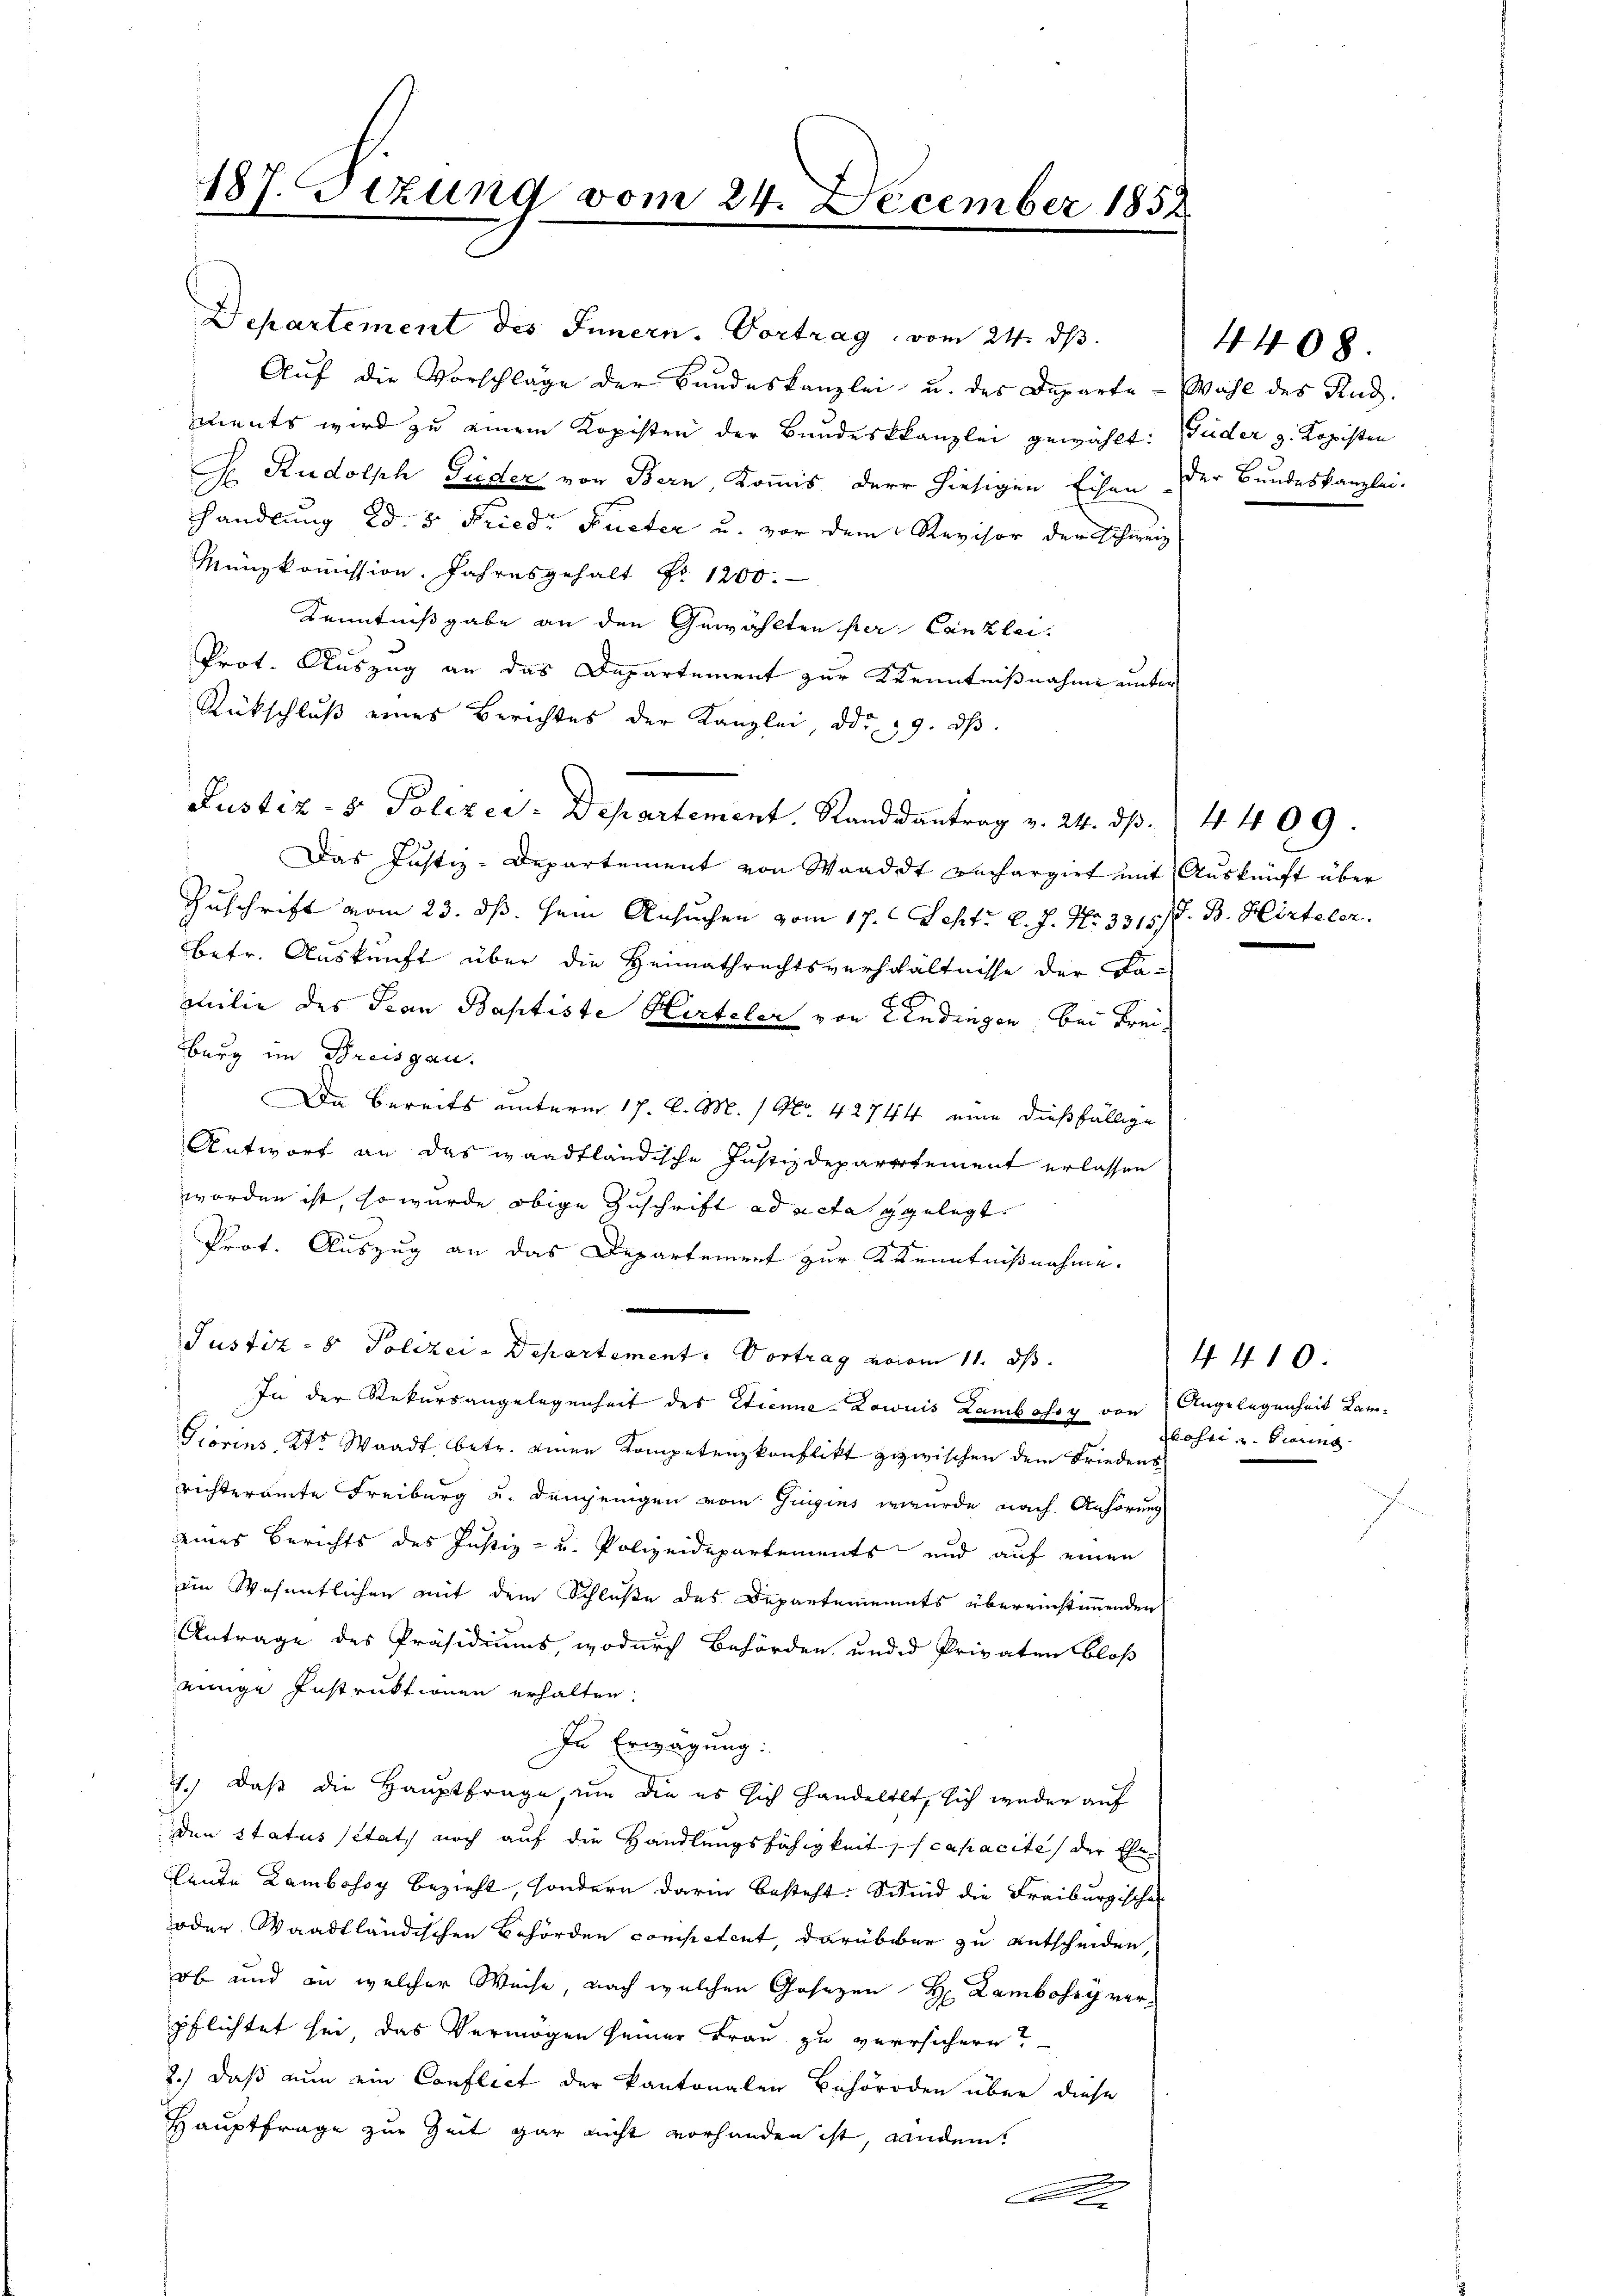
Departement des Innern. Vortrag, vom 24. ds.
Auf die Vorschläge der Bundeskanzlei u. des Departe - Wahl des Rud.
ments wird zu einem Kopisten der Bundeskanzlei gewählt: Fuder z. Kopisten
Gr. Rudolph Puder von Bern, Kommis der hiesigen Eisen der Bundeskanzlei-
handlung Bd. 5 Fried. Fueter u. vor dem Revisor der Schweiz
Münzkommission. Jahresgehalt Fr. 1200.
Kenntnißgabe an den Gewählten per Canzlei.
Prot. Auszug an das Departement zur Kenntnißnahme unter
Rückschluß eines Berichtes der Kanzlei, ddo 19. dβ
Justiz- & Polizey-Departement, Randdantrag v. 24. dß.
Das Justiz-Departement von Waadt rechargirt mit Auskunft über
Zuschrift vom 23. ds. sein Ansuchen vom 17. Sept. l. J. No. 3315. J. B. Hirteler.
betr. Auskunft über die Heimathrechtsverhältnisse der Samilie des Pran Baptiste Herteler von Endingen, bei Frei¬
Bburg im Breisgau.
Da bereits unterm 17. d. M. / No. 42744 eine dießfällige
Antwort an das waadtländische Justizdepartement erlassen
worden ist, so wurde obige Zuschrift ad acta gelegt.
Prot. Auszug an das Departement zur Kenntnißnahme.
Justiz- & Polizei-Departement: Vortrag vom 11. ds.
In der Rekursangelegenheit des Etienne-Lowuis Lambossy von Angelegenheit Kam-
Giorins Kts. Waadt, betr. einen Kompetenzkonflikt zuzwischen dem Friedens
richteramte Freiburg u. demjenigen vom Gegens wurde nach Anhörung
eines Berichts des Justiz- u. Polizeidepartements und auf einen
iin Wesentlichen mit dem Schluße des Departements übereinstimmenden
Antrage des Präsidiums, wodurch Behörden und ad Privaten bloß
einige Instruktionen erhalten.
In Erwägung:
1.) Daß die Hauptfrage, um die es sich handeltet, sich weder auf
den Status stat, noch auf die Handlungsfähigkeit, capacite der Ehe¬
Leute Lambossy bezieht, sondern darin besteht. Schmid die Freiburgischen
oder Waadtländischen Behörden competent, darüber zu entscheiden,
ob und an welcher Weise, nach welchen Gesezen H. Lambosey verpflichtet sei, das Vermögen seiner Frau zu versichern?
2.) daß nun ein Conflict der kantonalen Behörden über diese
Hauptfrage zur Zeit gar nicht vorhanden ist, handen.
x

187. Sizung vom 24. December 1852

4408.

4 410
Thosse und Biering

4409